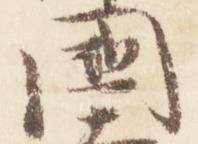
国